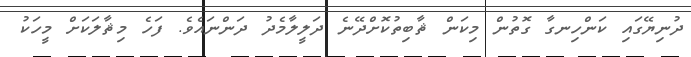
ދުނިޔޭގައި ކަންހިނގާ ގޮތުން މިކަން ޘާބިތުކޮށްދޭނެ ދަލީލާމެދު ދަންނައެވެ. ފަހެ މިޘާލަކަށް މީހަކު